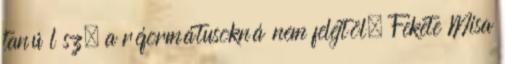
tanú l sz, a réformátusokná nem felejtöl. Fekete Misa